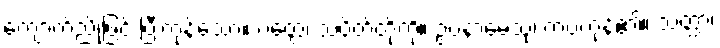
ကျောက်ညိုဖြင့် ပြီးကုန်သော။ ပတ္တေ၊ သပိတ်တို့ကို။ ဥပနာမေသုံ၊ ကပ်ကုန်၏။ သတ္ထာ၊